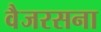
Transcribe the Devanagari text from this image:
वैजरसना